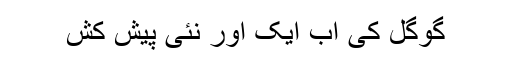
گوگل کی اب ایک اور نئی پیش کش